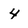
Character: 4